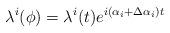
LaTeX: \begin{align*}\lambda^i(\phi) = \lambda^i(t) e^{i\left(\alpha_i + \Delta \alpha_i \right)t}\end{align*}